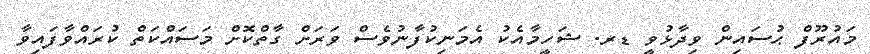
މައުރޫފް ޙުސައިން ވިދާޅުވީ ޑރ. ޝަހީމާއެކު އެމަނިކުފާނުވެސް ވަރަށް ގާތްކޮށް މަސައްކަތް ކުރައްވާފައިވާ